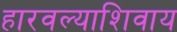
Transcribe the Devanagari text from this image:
हारवल्याशिवाय